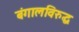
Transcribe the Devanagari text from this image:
बंगालविरुद्ध